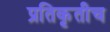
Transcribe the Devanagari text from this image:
प्रतिकृतीच